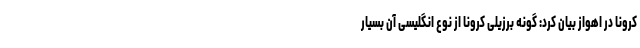
کرونا در اهواز بیان کرد: گونه برزیلی کرونا از نوع انگلیسی آن بسیار